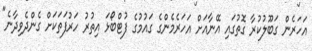
އަހަރެން ގަބޫލުކުރާ ގޮތުގައި އޭނާއަށް އަހަރެމެންގެ ގައުމުގެ ފުޓްބޯޅަ އިތުރު ހަރުފަތަކަށް ގެންދެވިދާނެ"